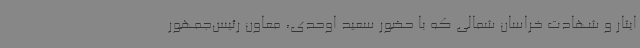
ایثار و شهادت خراسان شمالی که با حضور سعید اوحدی، معاون رئیس‌جمهور